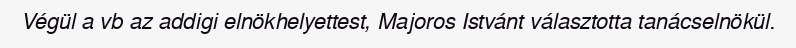
Végül a vb az addigi elnökhelyettest, Majoros Istvánt választotta tanácselnökül.